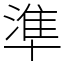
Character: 準